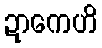
ဍာကေဟိ